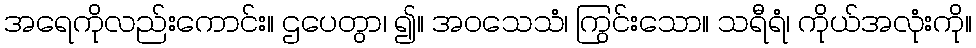
အရေကိုလည်းကောင်း။ ဌပေတွာ၊ ၍။ အဝသေသံ၊ ကြွင်းသော။ သရီရံ၊ ကိုယ်အလုံးကို။